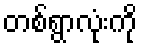
တစ်ရွာလုံးကို